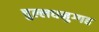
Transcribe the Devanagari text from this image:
चुल्लधनुग्गह